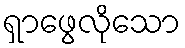
ရှာဖွေလိုသော